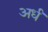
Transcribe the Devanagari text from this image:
अर्धं